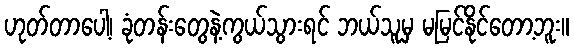
ဟုတ်တာပေါ့၊ ခုံတန်းတွေနဲ့ကွယ်သွားရင် ဘယ်သူမှ မမြင်နိုင်တော့ဘူး။